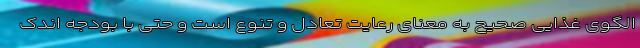
الگوی غذایی صحیح به معنای رعایت تعادل و تنوع است و حتی با بودجه اندک